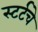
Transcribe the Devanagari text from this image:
स्टर्टचे